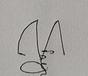
Signature authenticity: genuine